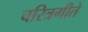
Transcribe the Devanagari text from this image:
चरित्रगीते